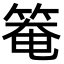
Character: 𥯃